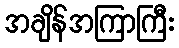
အချိန်အကြာကြီး